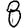
Digit: 8